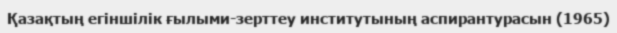
Қазақтың егіншілік ғылыми-зерттеу институтының аспирантурасын (1965)